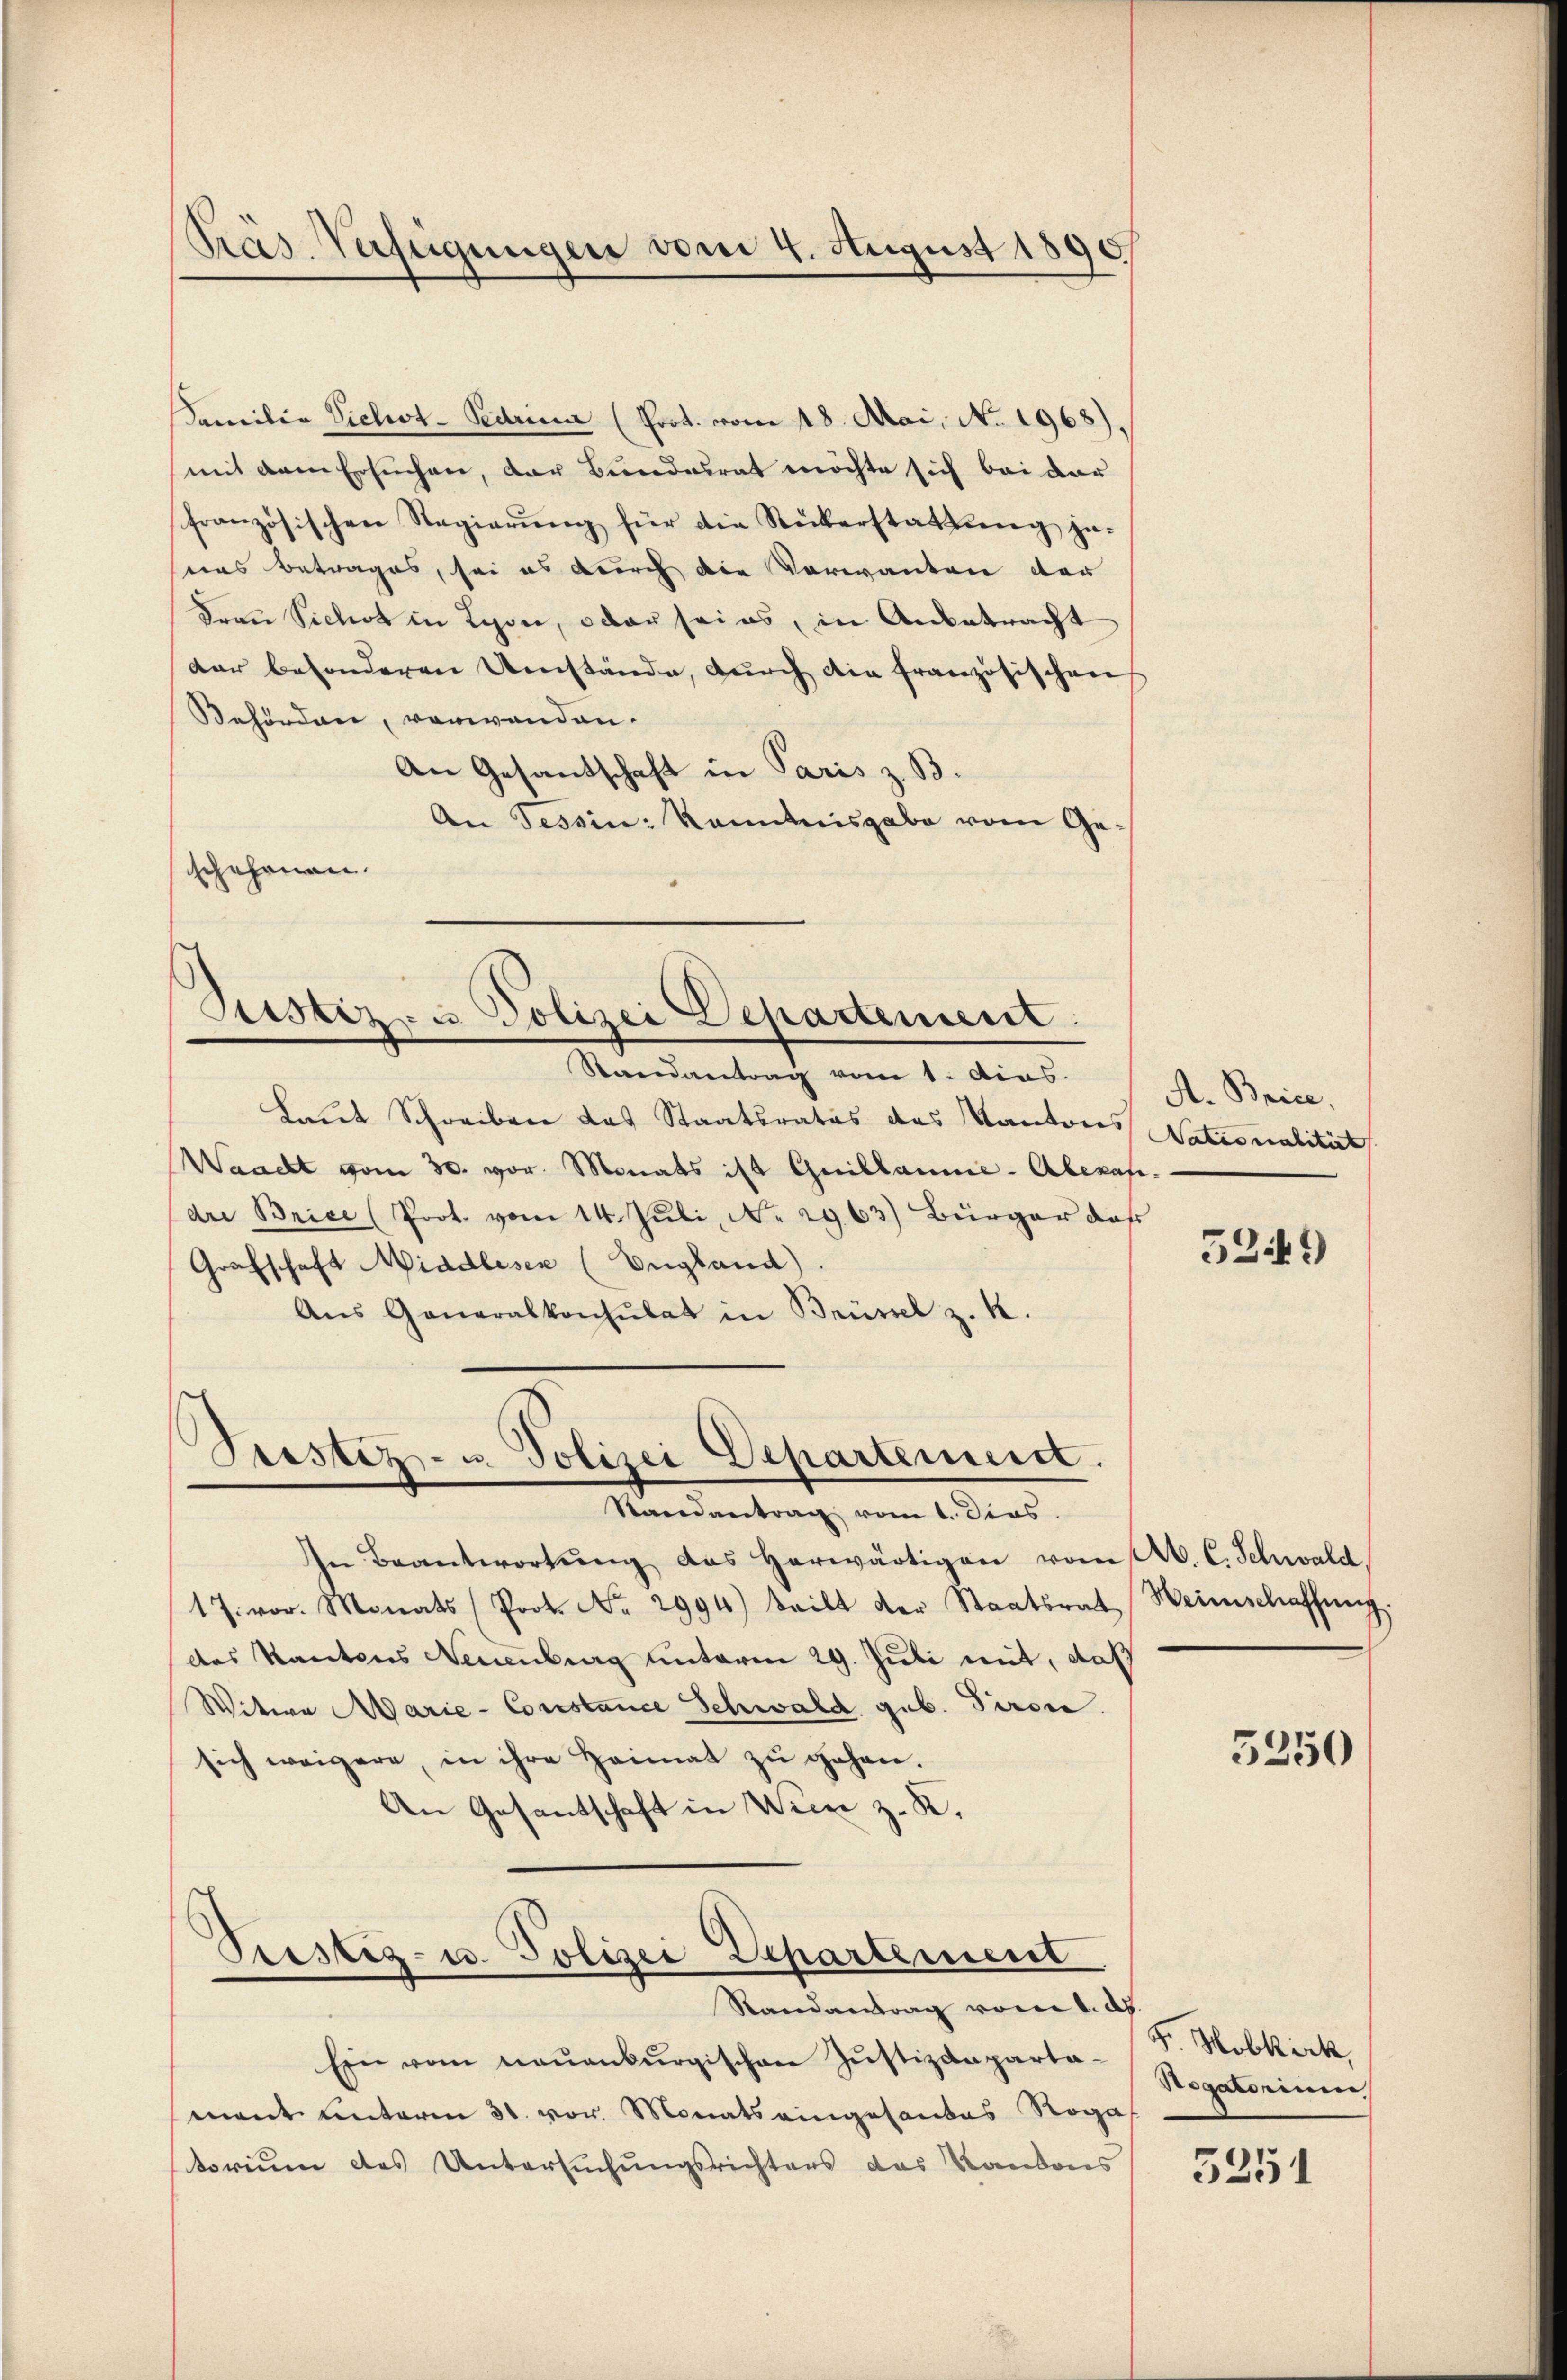
Familio Vicht-Pedrina (Prot. vom 18. Mai, No. 1968).
mit dem Ersuchen, der Bundesrat möchte sich bei der
französischen Regierŭng für die Rükerstattŭng ge-
uns betrages, sei es durch die Vorwanten der
Frau Siches in Lyon, oder seins, in Anbetracht
der besonderen Umstände, durch die französischen
Behörden, vorwanden.
An Gesantschaft in Paris z. B.
An Tessin: kanntnisgabe vom Ge-
schehenen.

Randantrag vom 1. dies.
Laut Schreiben das Staatsrates das Kantones Nationalität
Waacht vom 30. vor. Monats ist Guillaume - Aberap-
dre Brice (Prot. vom 14. Juli, No. 2963) Bürger das
Grafschaft Middlesen (England).
Ans Generalkonsulat in Brüssel z. K.

Präs. Verfügungen vom 4. August 1890

Ptistiz- u. Polizei Departement:

Seestez- u. Polizei Departement.
Randantrag vom 1. Dies

In Beantwortŭng das herwärtigen vom A. C. Schwald
17. vor. Monats (Prot. No. 2994) teilt der Staatsrat Heimschaffŭng.
des Kantons Neuenburg unterm 29. Juli mit, daß
Witwe Marie-Constance Schwald gub. Pirone.
sich weigere, in ihre Heimat zu gehen.
An Gesantschaft in Wien z. R.

Prestiz- u. Polizei Departement

Randantrag vom 1. d
Ein vom neuenburgischen Justizdeparta-S. Hobkirk
mant unterm 31. vor. Monats eingesandes Roga
torium des Untersuchungsrichters das Kantons

A. Brice,

5249)

Rogatorium

5251

5250